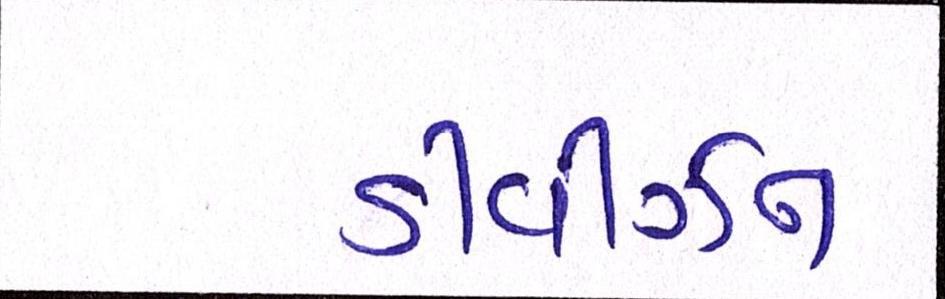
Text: ડીવીઝન